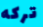
تركه